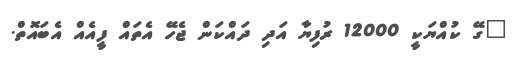
"ގޭ ކުއްޔަކީ 12000 ރުފިޔާ އަދި ދައްކަން ޖެހޭ އެތައް ފީއެއް އެބައޮތް.